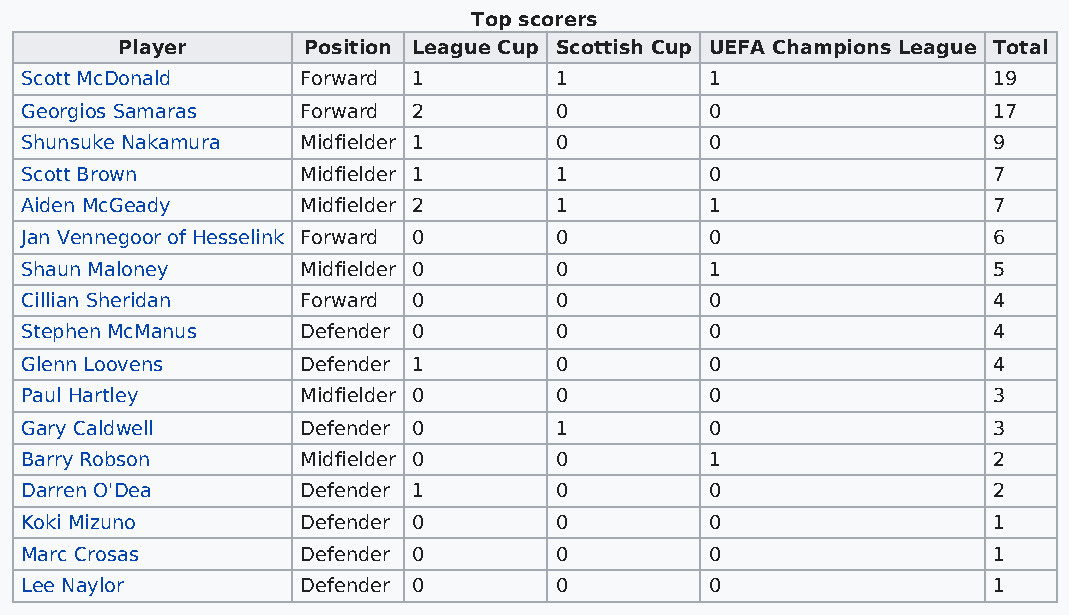
Top scorers
 Player      Position League Cup Scottish Cup UEFA Champions League Total
 Scott McDonald     Forward 1        1         1                  19
 Georgios Samaras   Forward 2        0         0                  17
 Shunsuke Nakamura  Midfielder 1     0         0                  9
 Scott Brown        Midfielder 1     1         0                  7
 Aiden McGeady      Midfielder 2     1         1                  7
 Jan Vennegoor of Hesselink Forward 0 0        0                  6
 Shaun Maloney      Midfielder 0     0         1                  5
 Cillian Sheridan   Forward 0        0         0                  4
 Stephen McManus    Defender 0       0         0                  4
 Glenn Loovens      Defender 1       0         0                  4
 Paul Hartley       Midfielder 0     0         0                  3
 Gary Caldwell      Defender 0       1         0                  3
 Barry Robson       Midfielder 0     0         1                  2
 Darren O'Dea       Defender 1       0         0                  2
 Koki Mizuno        Defender 0       0         0                  1
 Marc Crosas        Defender 0       0         0                  1
 Lee Naylor         Defender 0       0         0                  1